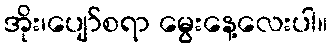
အိုး၊ပျော်စရာ မွေးနေ့လေးပါ။